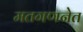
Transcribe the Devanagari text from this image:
मतगणनेत